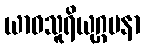
ယာဝသူရိယုဂ္ဂမနာ